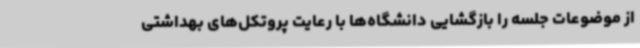
از موضوعات جلسه را بازگشایی دانشگاه‌ها با رعایت پروتکل‌های بهداشتی